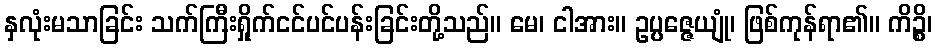
နှလုံးမသာခြင်း သက်ကြီးရှိုက်ငင်ပင်ပန်းခြင်းတို့သည်။ မေ၊ ငါအား။ ဥပ္ပဇ္ဇေယျုံ၊ ဖြစ်ကုန်ရာ၏။ ကိဉ္စိ၊